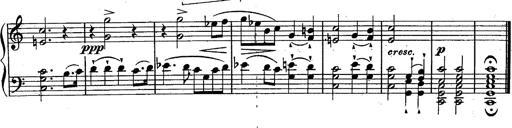
Title: Schubert's Impromptus [revised and edited by Franz Liszt]
Composer: Franz Liszt